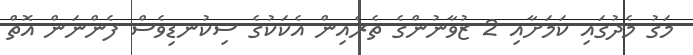
މަގު މެދުގައި ކަމަށާއި 2 ޒުވާނުންގެ ތެރެއިން އެކަކުގެ ސިކުނޑިވެސް ފެންނަން އޮތް